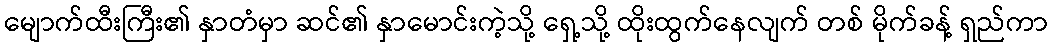
မျောက်ထီးကြီး၏ နှာတံမှာ ဆင်၏ နှာမောင်းကဲ့သို့ ရှေ့သို့ ထိုးထွက်နေလျက် တစ် မိုက်ခန့် ရှည်ကာ